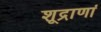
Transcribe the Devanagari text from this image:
शूद्राणां